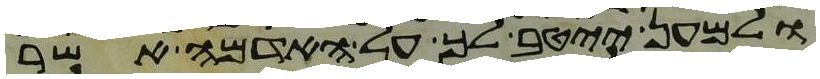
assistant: ולמען ייטב לך על האדמה אשר